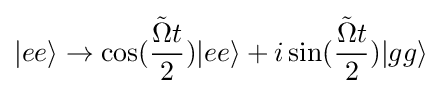
|ee\rangle \rightarrow \cos({\frac {{\tilde {\Omega }}t}{2}})|ee\rangle +i\sin({\frac {{\tilde {\Omega }}t}{2}})|gg\rangle